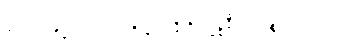
အပ္ပလာဘီနံ ထေတောတိ မူလာနီတိ ဥဒ္ဓစ္စနီဝရဏဉ္စ သွာဒယော